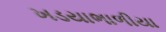
ખડયાભાળીયા